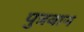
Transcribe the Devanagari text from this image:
पुत्रवान